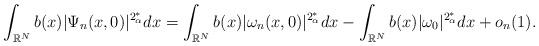
LaTeX: \begin{align*}\displaystyle\int_{\mathbb{R}^N}b(x)|\Psi_n(x,0)|^{2_\alpha^*}dx=\displaystyle\int_{\mathbb{R}^N}b(x)|\omega_n(x,0)|^{2_\alpha^*}dx-\displaystyle\int_{\mathbb{R}^N}b(x)|\omega_0|^{2_\alpha^*}dx+o_n(1). \end{align*}